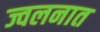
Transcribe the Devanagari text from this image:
ज्वलनात